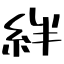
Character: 絆